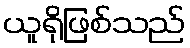
ယူရိုဖြစ်သည်